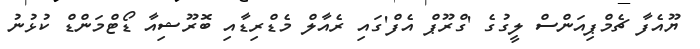
ޔޫއެފާ ޗެމްޕިއަންސް ލީގުގެ 'ގްރޫޕް އެފް'ގައި ރެއާލް މެޑްރިޑާއި ބޮރޫޝިއާ ޑޯޓްމަންޑް ކުޅުނު